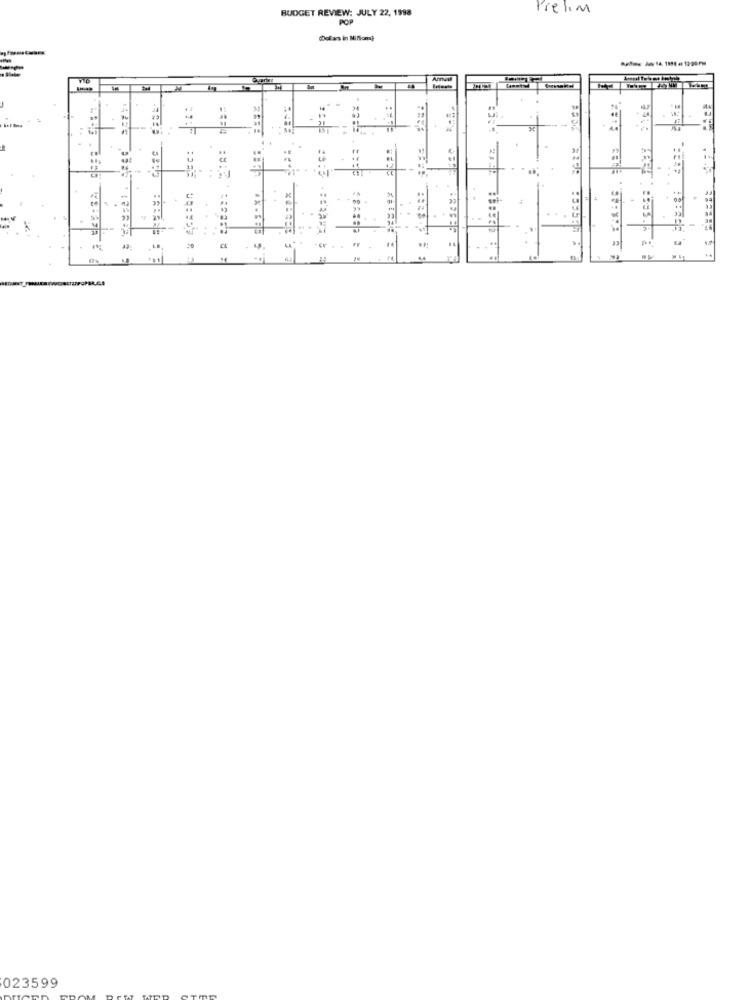
BUDGET REVIEW: JULY 22, 1998
Prelim
POP
Dollars in Miflom?
.. .
-
4
"
023599